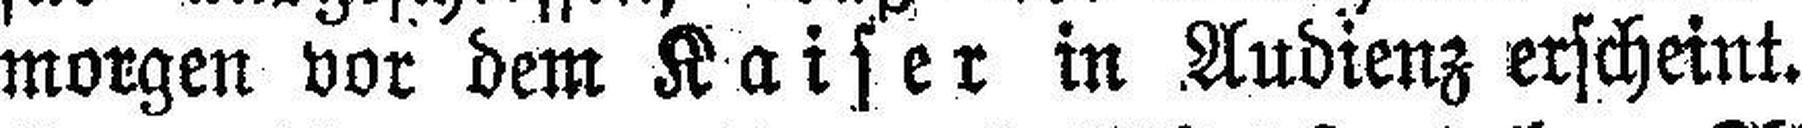
morgen vor dem Kaiser in Audienz erscheint.